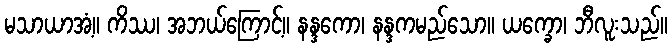
မသာယာအံ့။ ကိဿ၊ အဘယ်ကြောင့်။ နန္ဒကော၊ နန္ဒကမည်သော။ ယက္ခော၊ ဘီလူးသည်။